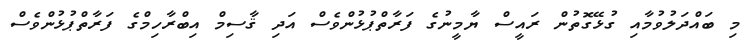
މި ބައްދަލުވުމާއި ގުޅޭގޮތުން ރައީސް ޔާމީނުގެ ފަރާތްޕުޅުންވެސް އަދި ޤާސިމް އިބްރާހިމްގެ ފަރާތްޕުޅުންވެސް